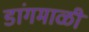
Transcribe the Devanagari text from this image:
डांगमाळी